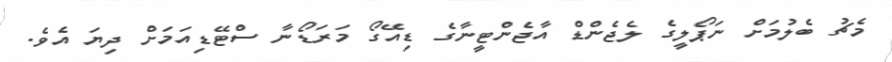
މެޗު ބެލުމަށް ނަޕޯލީގެ ލެޖެންޑް އާޖެންޓީނާގެ ޑިއޭގޯ މަރަޑޯނާ ސްޓޭޑިއަމަށް ދިޔަ އެވެ.